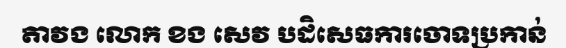
តាវង លោក ខង សេវ បដិសេធការចោទប្រកាន់